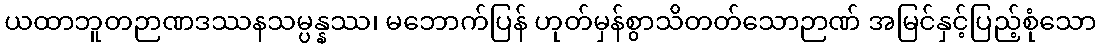
ယထာဘူတဉာဏဒဿနသမ္ပန္နဿ၊ မဘောက်ပြန် ဟုတ်မှန်စွာသိတတ်သောဉာဏ် အမြင်နှင့်ပြည့်စုံသော